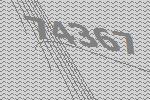
74367